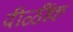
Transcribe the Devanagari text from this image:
पीळींक